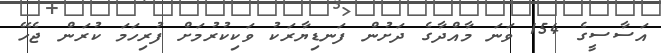
އަސާސީގެ 154 ވަނަ މާއްދާގެ ދަށުން ފަނޑިޔާރަކު ވަކިކުރުމަށް ފުރިހަމަ ކުރަން ޖެހޭ